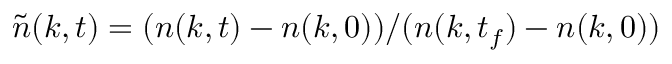
\tilde { n } ( k , t ) = ( n ( k , t ) - n ( k , 0 ) ) / ( n ( k , t _ { f } ) - n ( k , 0 ) )